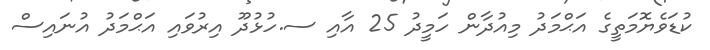
ކުޑަވެޔޮމަތީގެ އަޙްމަދު މިއުދާން ހަމީދު 25 އާއި ސ.ހުޅުދޫ އިރުވައި އަޙްމަދު އުނައިސް